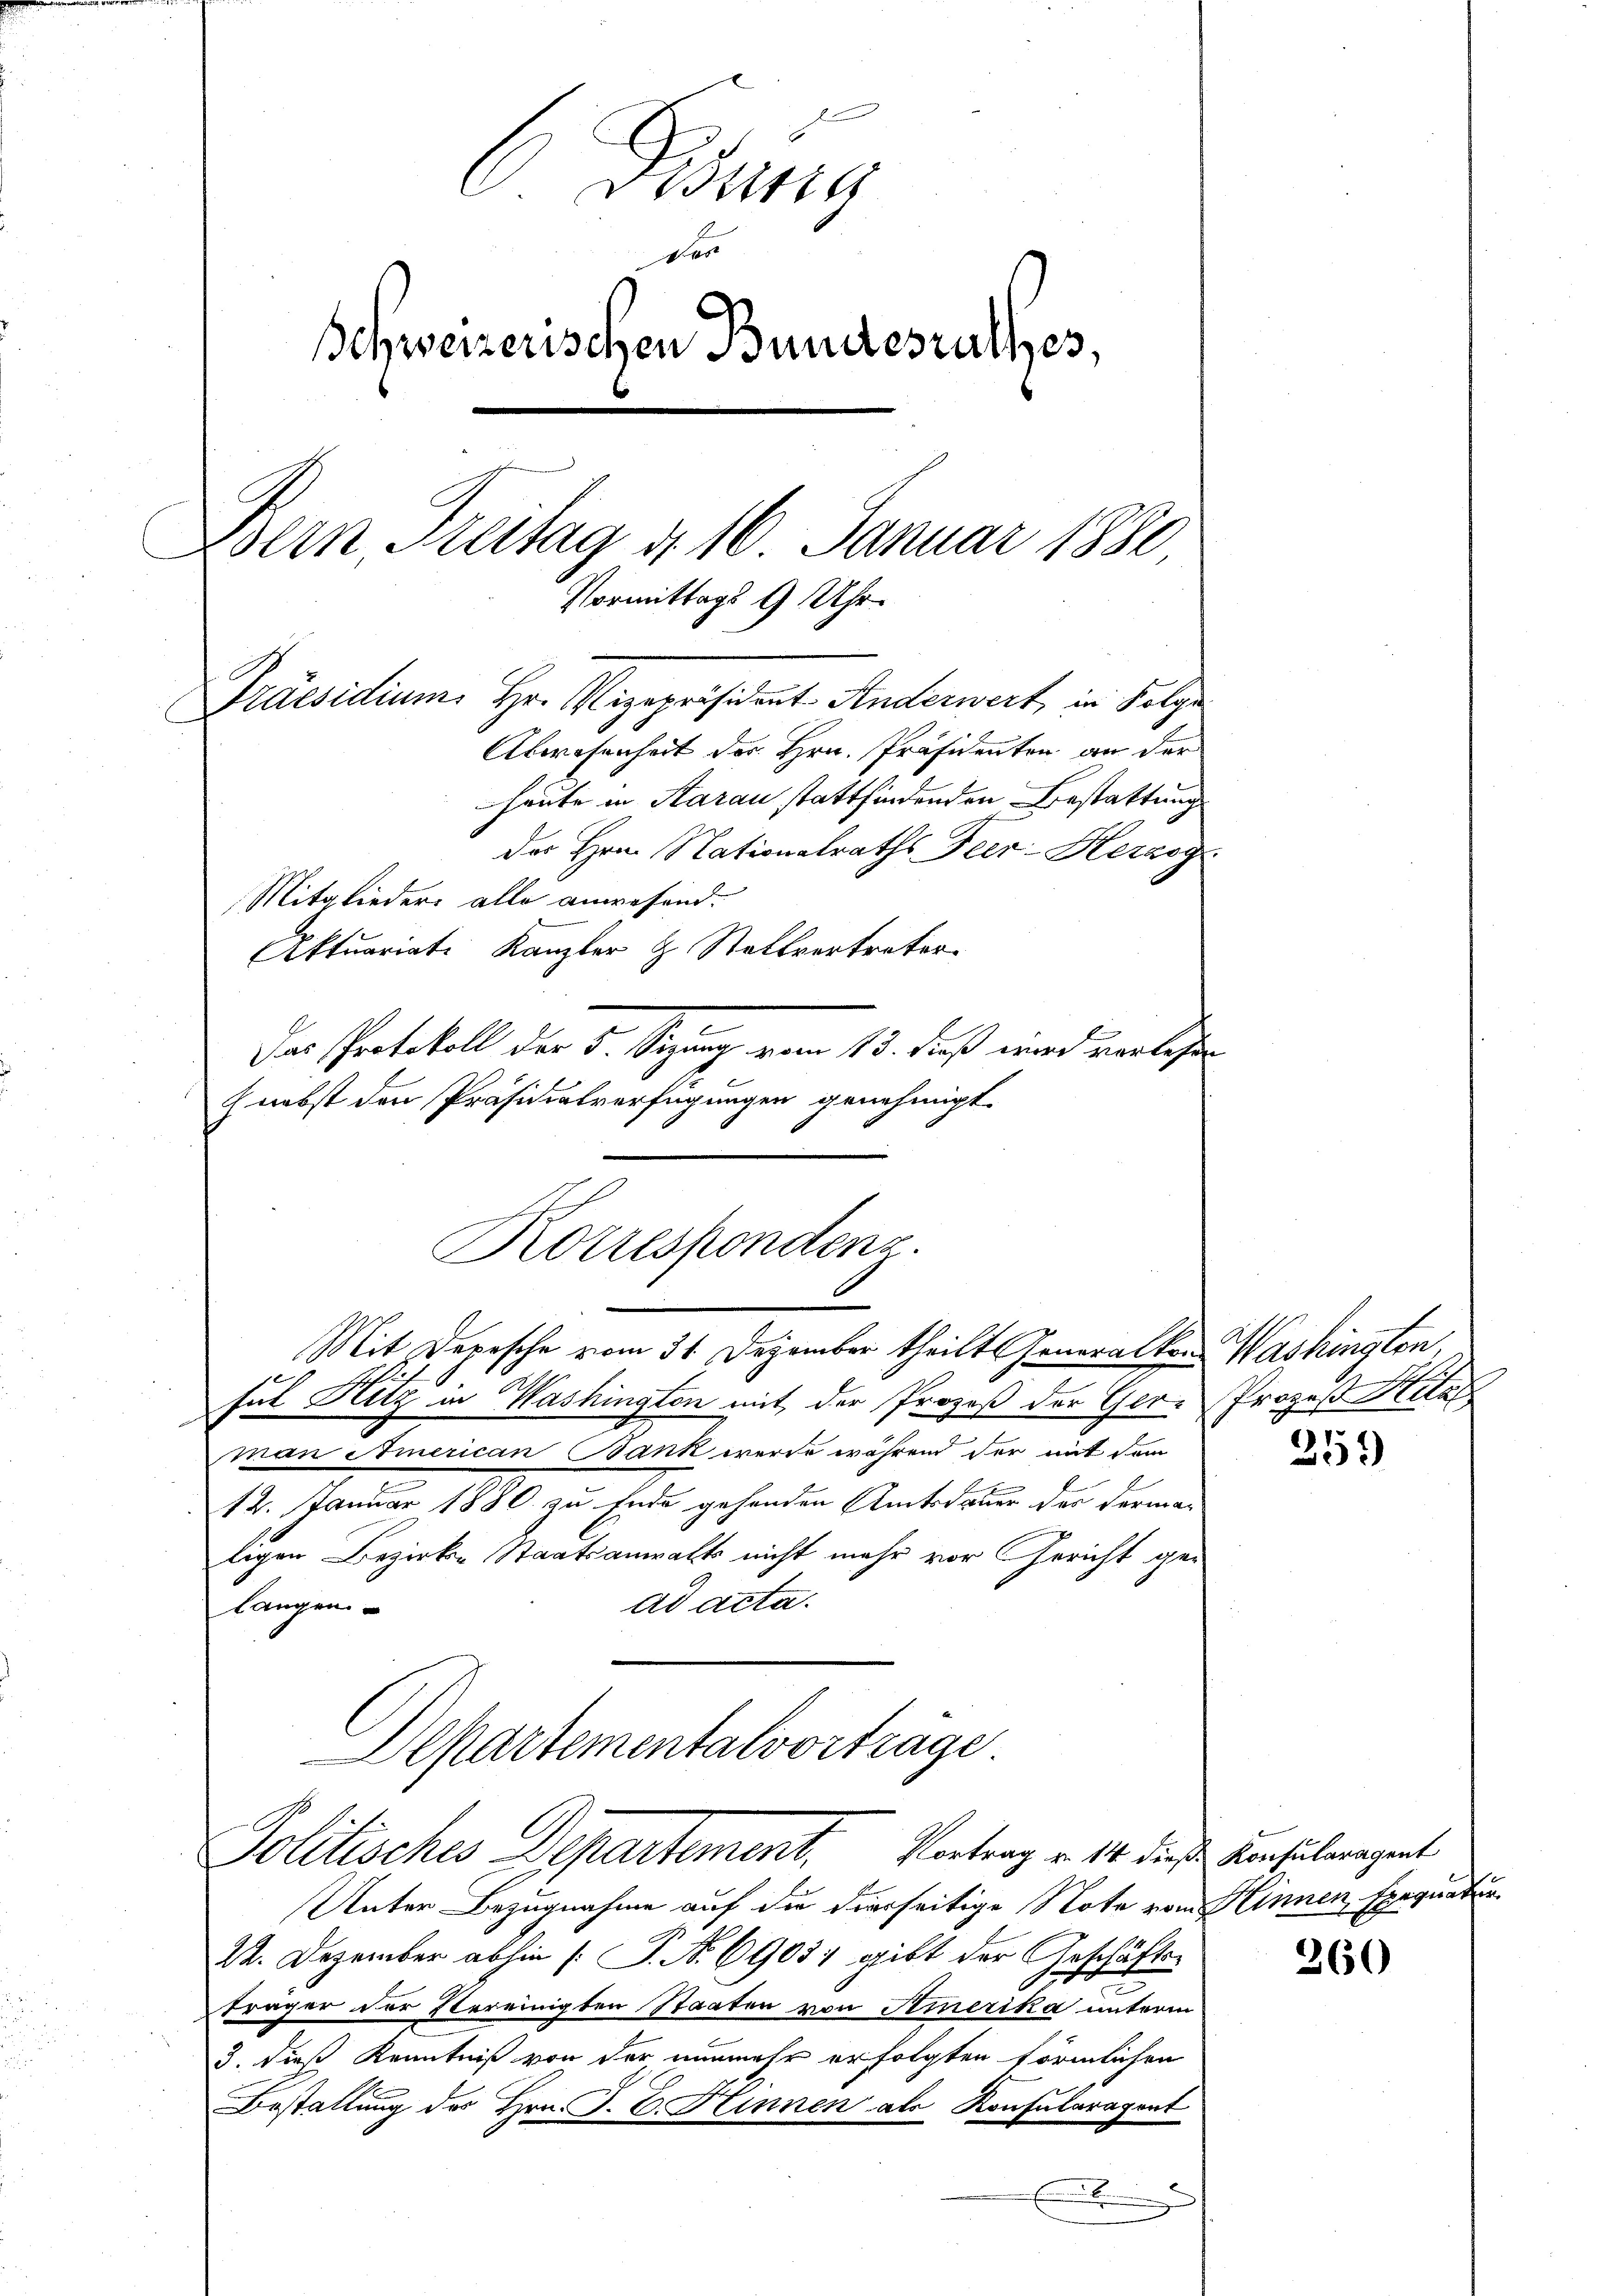
Bidung
Der
Ichweizerischen Bundesrathes,
Bern Freitag d. 16. Januar 1880
Vormittags 9 Uhr.
Präsidium Hr. Vizepräsident Anderwert, in Folge
Abwesenheit der Hrn. Präsidenten an der

sul Hitz in Washington mit der Prozeß der Gern Prozeß Katas
man American Bank wurde während der mit dem
12. Januar 1880 zu Ende gehenden Amtsdauer das dermaligen Bezirke Staatsanwalts nicht mehr vor Gericht gead acta.
langen
Departementalvorträge
Politisches Departement. Vortrag v. 14. dieß einhüleragent
Unter Bezugnahme auf die hierseitige Note vom Klinnen, Exequatur
22. Dezember abhin [P. Nr. 6905) gibt der Geschäftsträger der Vereinigten Staaten von Amerika unterm
3. dieß Kenntniß von der nunmehr erfolgten förmlichen
Bestellung des Hrn. J. C. Hinnen als Konsularapont
x

heute in Aarau stattfindenden Bestattung
des Hrn. Nationalraths Feer-Herzog
Mitglieder alle anwesend.
Aktuariate Kanzler & Stellvertreter
Das Protokoll der 5. Sezung vom 13. Fuß wird verlesen
nebst den Präsidialverfügungen genehmigt.

Korrespondenz.
Mit Depesche vom 31. Dezember theilt Generalken Washington,

259

260